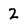
Character: 2